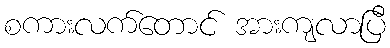
စကားလက်တောင် အားကျလာပြီ